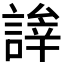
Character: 𬢹